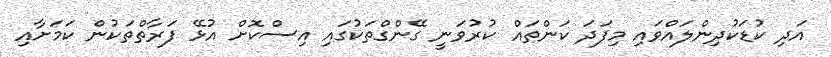
އަދި ކުޑަކުދިންލައްވައި މިފަދަ ކަންތައް ކުރުވަނީ ގޭންގްތަކުގައި އިސްކޮށް އުޅޭ ފަރާތްތަކުން ކަމަށާއި